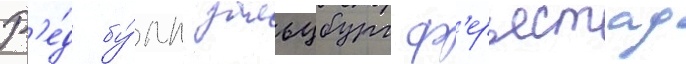
Р'е́д бу́лл зальцбург ф'ерьестад